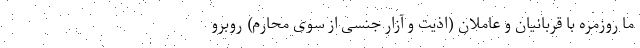
ما روزمره با قربانیان و عاملان (اذیت و آزار جنسی از سوی محارم) روبرو